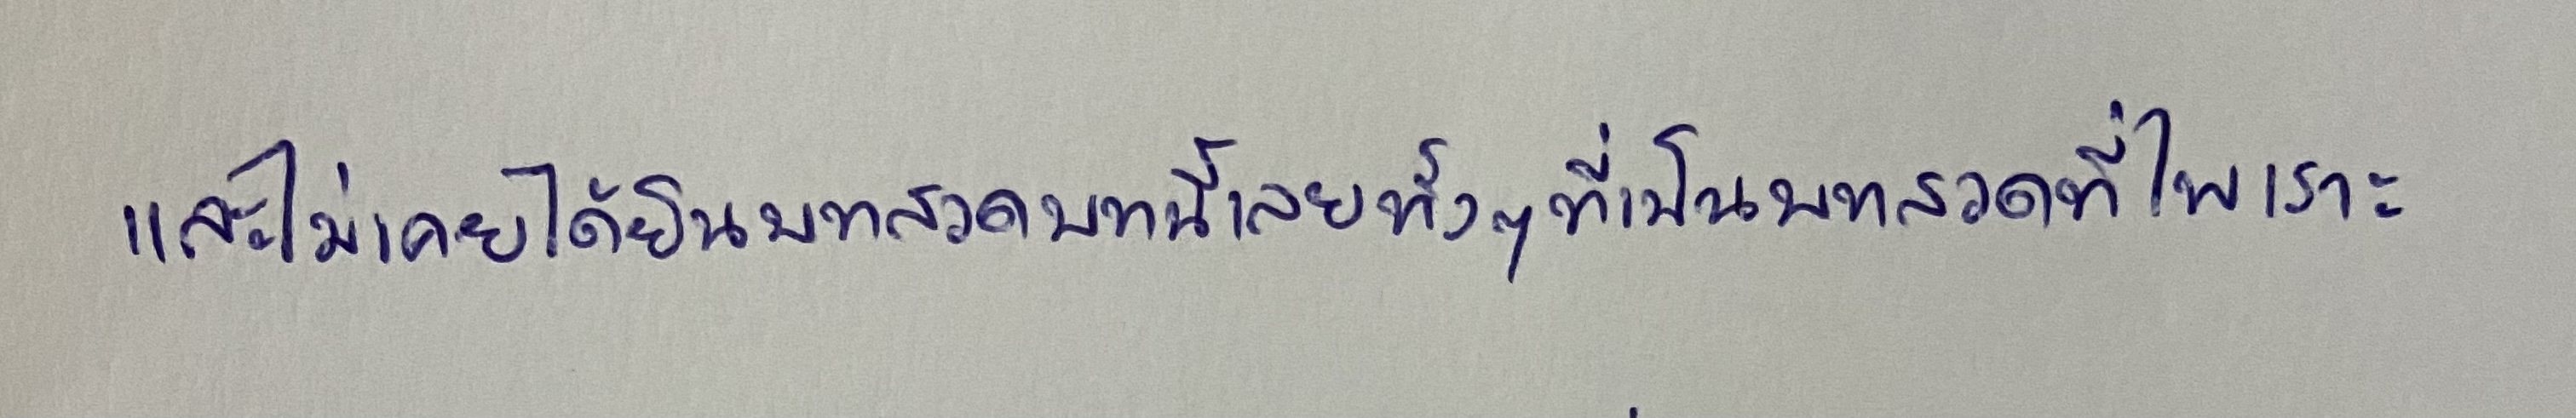
และไม่เคยได้ยินบทสวดบทนี้เลยทั้งๆ ที่เป็นบทสวดที่ไพเราะ